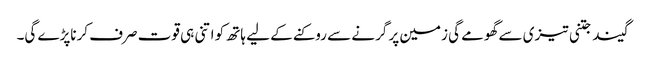
گیند جتنی تیزی سے گھومے گی زمین پر گرنے سے روکنے کے لیے ہاتھ کو اتنی ہی قوت صرف کرناپڑے گی۔